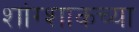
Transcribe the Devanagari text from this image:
शांग्शाकच्या